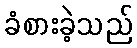
ခံစားခဲ့သည်